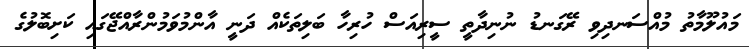
މައުލޫމާތު މުއްސަނދިވި ރޭގަނޑު ނުުނިދާތީ ސީރިއަސް ހުރިހާ ބަލިތަކެއް ދަނީ އާންމުވަމުންރާއްޖޭގައި ކަށިބޮލުގެ